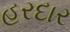
હરદાર